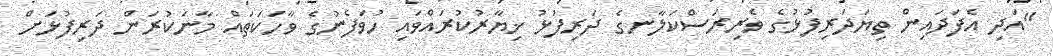
"އަދި އެފަދައިން ތިޔަދަރިފުޅުގެ ވެރިރަސްކަލާނގެ ދަރިފުޅު ޚިޔާރުކުރައްވައި ހުވަފެނުގެ ވާހަކަތައް މާނަކުރަން ދަރިފުޅަށް